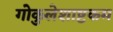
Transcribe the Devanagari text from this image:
गोकुलेशाष्टकम